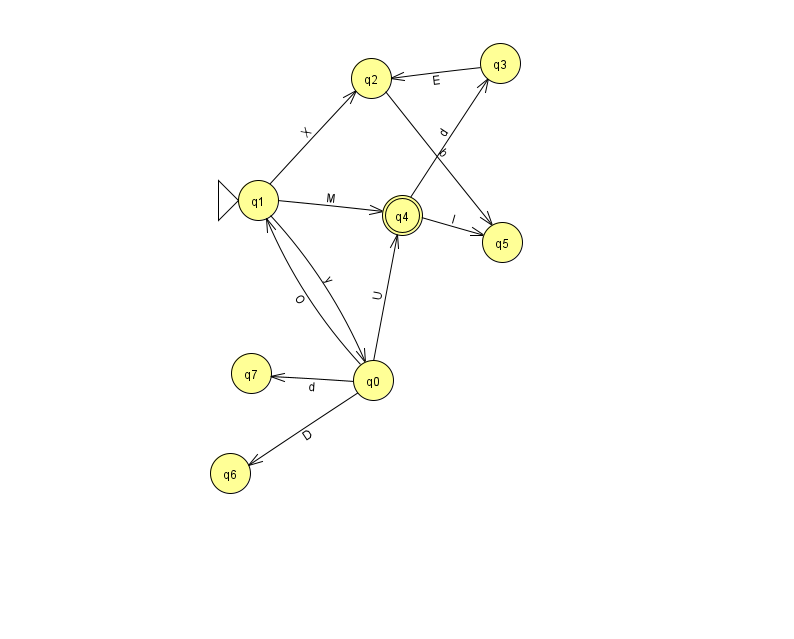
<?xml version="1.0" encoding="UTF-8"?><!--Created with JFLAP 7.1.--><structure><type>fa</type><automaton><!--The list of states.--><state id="0" name="q0"><x>373.0</x><y>367.0</y></state><state id="1" name="q1"><x>258.0</x><y>187.0</y><initial/></state><state id="2" name="q2"><x>371.0</x><y>65.0</y></state><state id="3" name="q3"><x>500.0</x><y>50.0</y></state><state id="4" name="q4"><x>402.0</x><y>202.0</y><final/></state><state id="5" name="q5"><x>502.0</x><y>229.0</y></state><state id="6" name="q6"><x>230.0</x><y>460.0</y></state><state id="7" name="q7"><x>251.0</x><y>360.0</y></state><!--The list of transitions.--><transition><from>0</from><to>1</to><read>O</read></transition><transition><from>1</from><to>0</to><read>y</read></transition><transition><from>1</from><to>2</to><read>X</read></transition><transition><from>0</from><to>7</to><read>d</read></transition><transition><from>3</from><to>2</to><read>E</read></transition><transition><from>4</from><to>3</to><read>d</read></transition><transition><from>4</from><to>5</to><read>I</read></transition><transition><from>0</from><to>4</to><read>U</read></transition><transition><from>2</from><to>5</to><read>b</read></transition><transition><from>0</from><to>6</to><read>D</read></transition><transition><from>1</from><to>4</to><read>M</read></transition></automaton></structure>